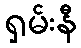
ရှမ်းနီ